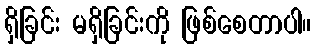
ရှိခြင်း မရှိခြင်းကို ဖြစ်စေတာပါ။